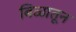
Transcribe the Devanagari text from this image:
बिळातून